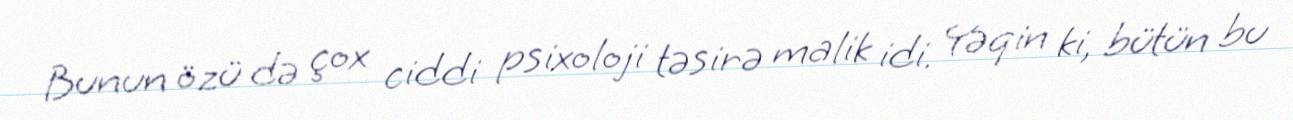
Bunun özü də çox ciddi psixoloji təsirə malik idi. Yəqin ki, bütün bu